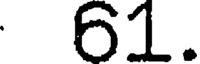
61.